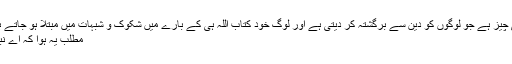
یہی چیز ہے جو لوگوں کو دین سے برگشتہ کر دیتی ہے اور لوگ خود کتاب اللہ ہی کے بارے میں شکوک و شبہات میں مبتلا ہو جاتے ہیں.
مطلب یہ ہوا کہ اے نبیؐ !